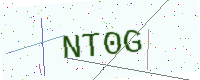
Text: NT0G